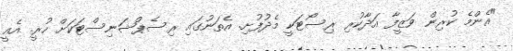
"އެންމެ ކުރިން ވަޒީފާ އަދާކުރި ރިސޯޓަކީ މެދުފުށި. އެތަނުގައި ރިސެޕްޝަނިސްޓަކަށް ހުރީ. އެއީ